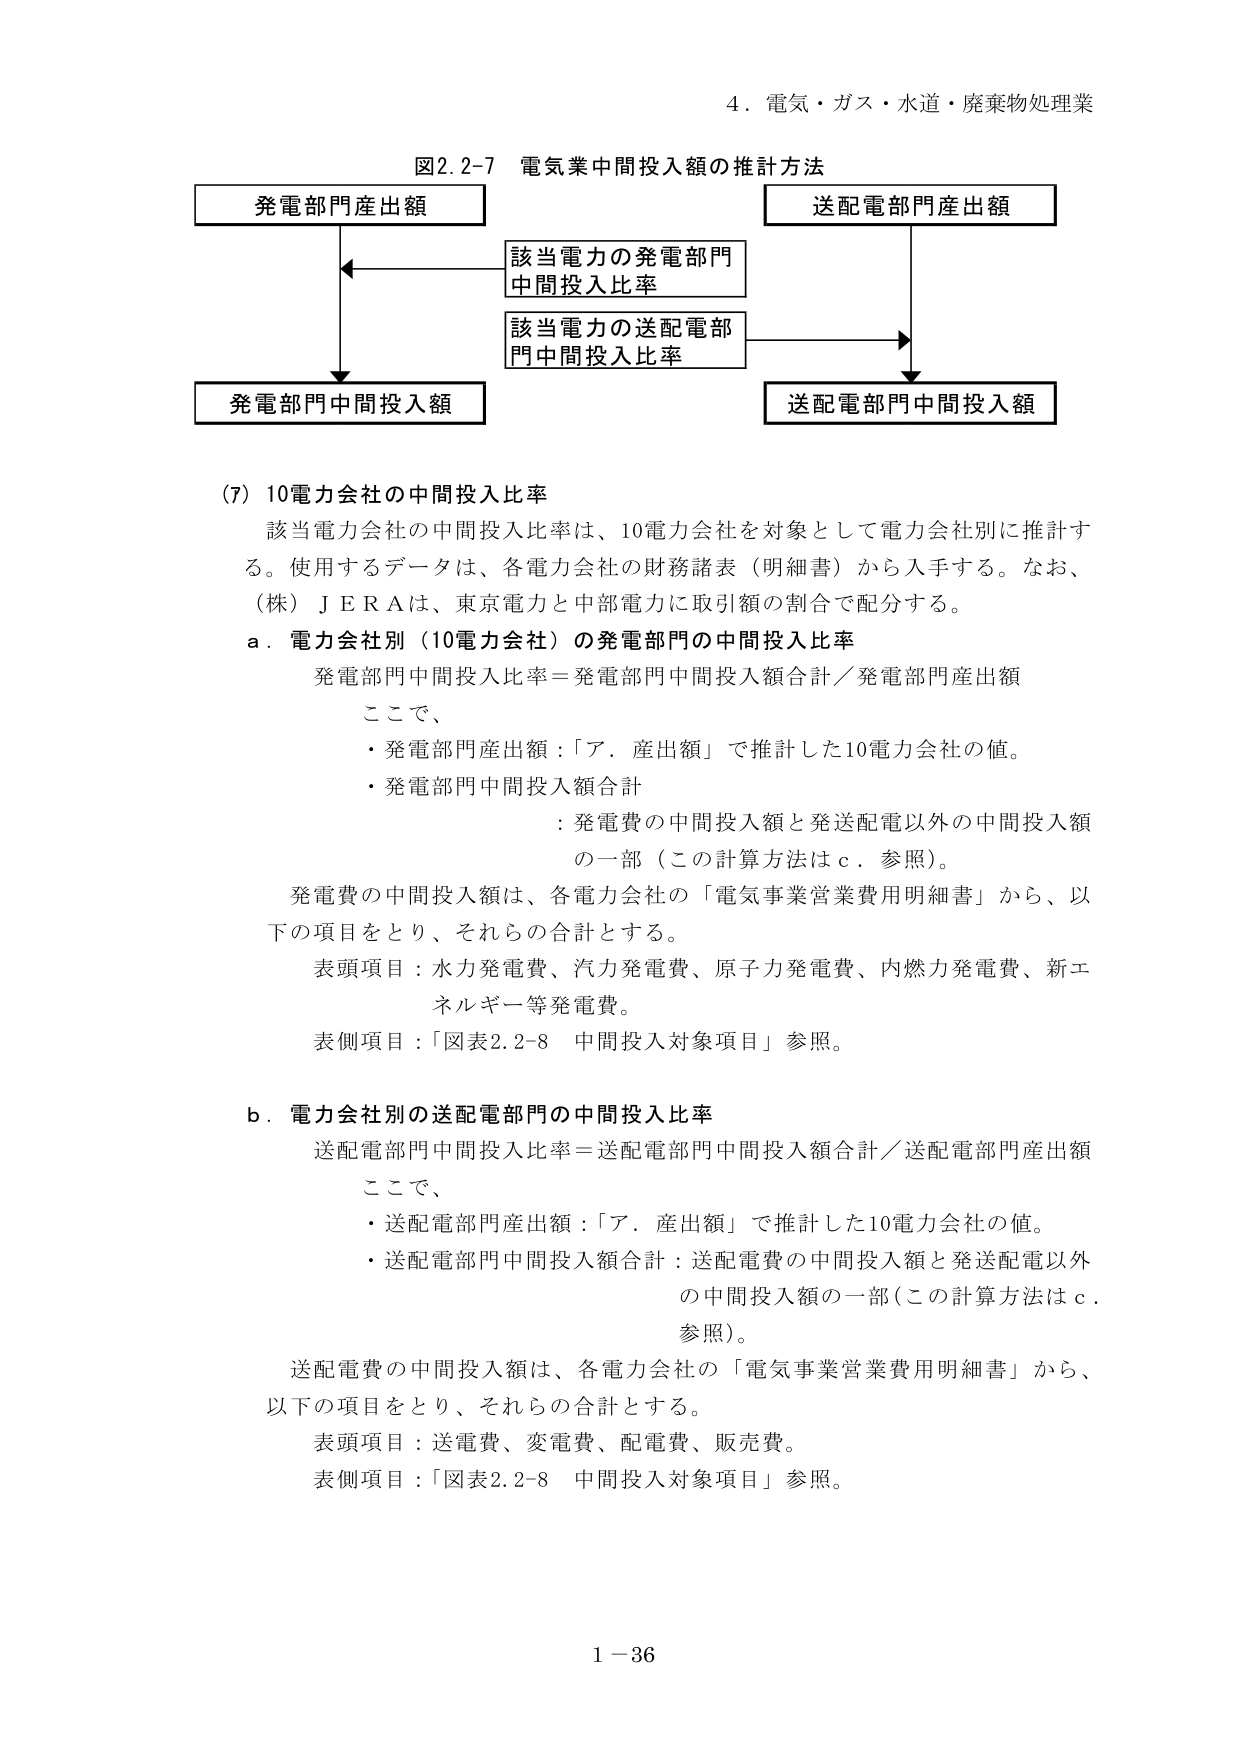
4．電気・ガス・水道・廃棄物処理業

図2.2-7 電気業中間投入額の推計方法

発電部門産出額